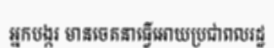
អ្នកបង្ករ មានចេតនាធ្វើអោយប្រជាពលរដ្ឋ